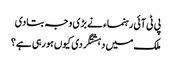
پی ٹی آئی رہنماء نے بڑی وجہ بتادی
ملک میں دہشتگردی کیوں ہورہی ہے؟